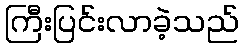
ကြီးပြင်းလာခဲ့သည်